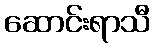
ဆောင်းရာသီ